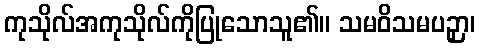
ကုသိုလ်အကုသိုလ်ကိုပြုသောသူ၏။ သမဝိသမပဉှာ၊